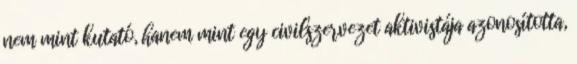
nem mint kutató, hanem mint egy civilszervezet aktivistája azonosította,